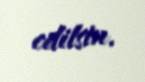
edilsin.